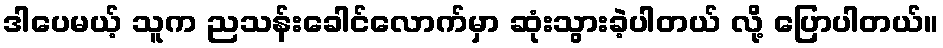
ဒါပေမယ့် သူက ညသန်းခေါင်လောက်မှာ ဆုံးသွားခဲ့ပါတယ် လို့ ပြောပါတယ်။